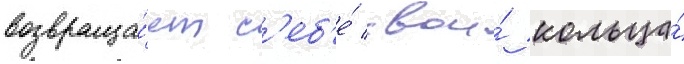
возвраща́ет с'еб'е́ свои́ кольца́